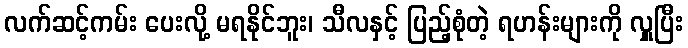
လက်ဆင့်ကမ်း ပေးလို့ မရနိုင်ဘူး၊ သီလနှင့် ပြည့်စုံတဲ့ ရဟန်းများကို လှူပြီး